King Institute of Preventive Medicine Micro-Biological Section reports 1909-11
Year: 1909
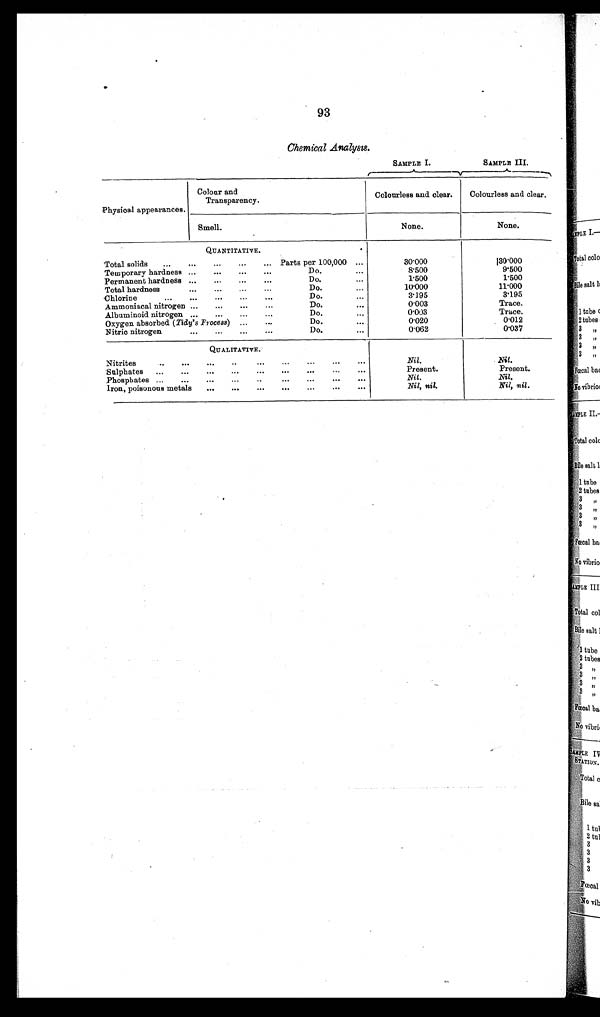
93
Chemical Analysis.
SAMPLE I.
SAMPLE III.
Physical appearances.
Colour and
Transparency.
Colourless and clear.
Colourless and clear.
Smell.
None.
None.
QUANTITATIVE.
Total solids . . .
Parts per 100,000 . . .
30.000
30.000
Temporary hardness . . .
Do. . . .
8.500
9.500
Permanent hardness . . .
Do. . . .
1.500
1.500
Total hardness . . .
Do. . . .
10.000
11.000
C h l o r i n e . . .
Do. . . .
3.195
3.195
Ammoniacal nitrogen . . .
Do. . . .
0.003
Trace.
Albuminoid nitrogen . . .
Do. . . .
0.003
Trace .
Oxygen absorbed (Tidy's Process) . . .
Do. . . .
0.020
0.012
Nitric nitrogen . . .
D o . . . .
0.062
0.037
Q U A L I T A T I V E .
Nitrites . . .
Nil.
Nil.
Sulphates . . .
Present.
Present.
P h o s p h a t e s . . .
Nil.
Nil.
Iron, poisonous metals . . .
Nil, nil.
Nil, nil.